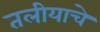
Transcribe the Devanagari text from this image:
तलीयाचे